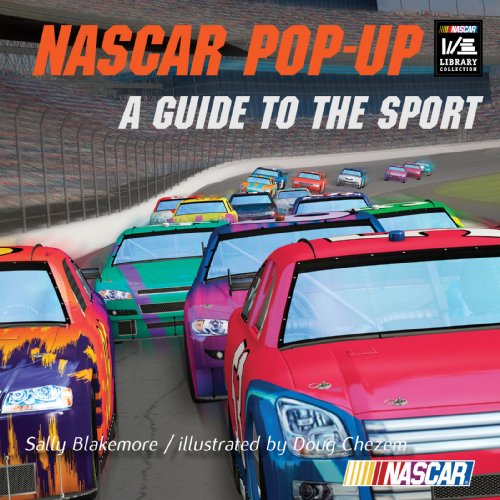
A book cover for NASCAR Pop-Up Book: A Guide To The Sport (NASCAR Library Collection (Gibbs Smith)); Sally Blakemore; Children's Books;